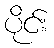
ပိုင်း